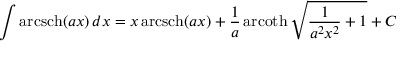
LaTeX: \int \operatorname { a r c s c h } ( a x ) \, d x = x \operatorname { a r c s c h } ( a x ) + { \frac { 1 } { a } } \operatorname { a r c o t h } { \sqrt { { \frac { 1 } { a ^ { 2 } x ^ { 2 } } } + 1 } } + C